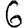
Digit: 6